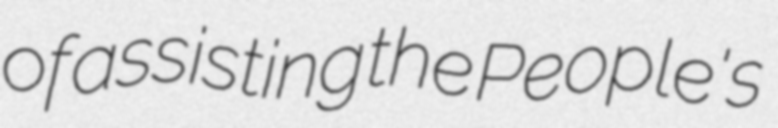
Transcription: of assisting the People's